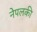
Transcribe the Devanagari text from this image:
नेपलकी